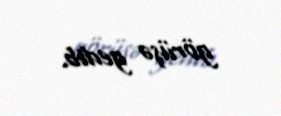
görüşə gedib.